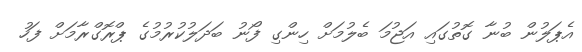
އެޕަލުން ބުނާ ގޮތުގައި އަޖުމަ ބެލުމަށް ހިންގި ފޯނު ބަދަލުކުރުމުގެ ޕްރޮގްރާމަށް ފަހު